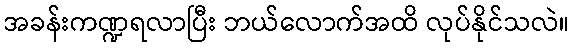
အခန်းကဏ္ဍရလာပြီး ဘယ်လောက်အထိ လုပ်နိုင်သလဲ။